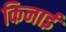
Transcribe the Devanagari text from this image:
किनाई